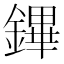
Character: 鏎